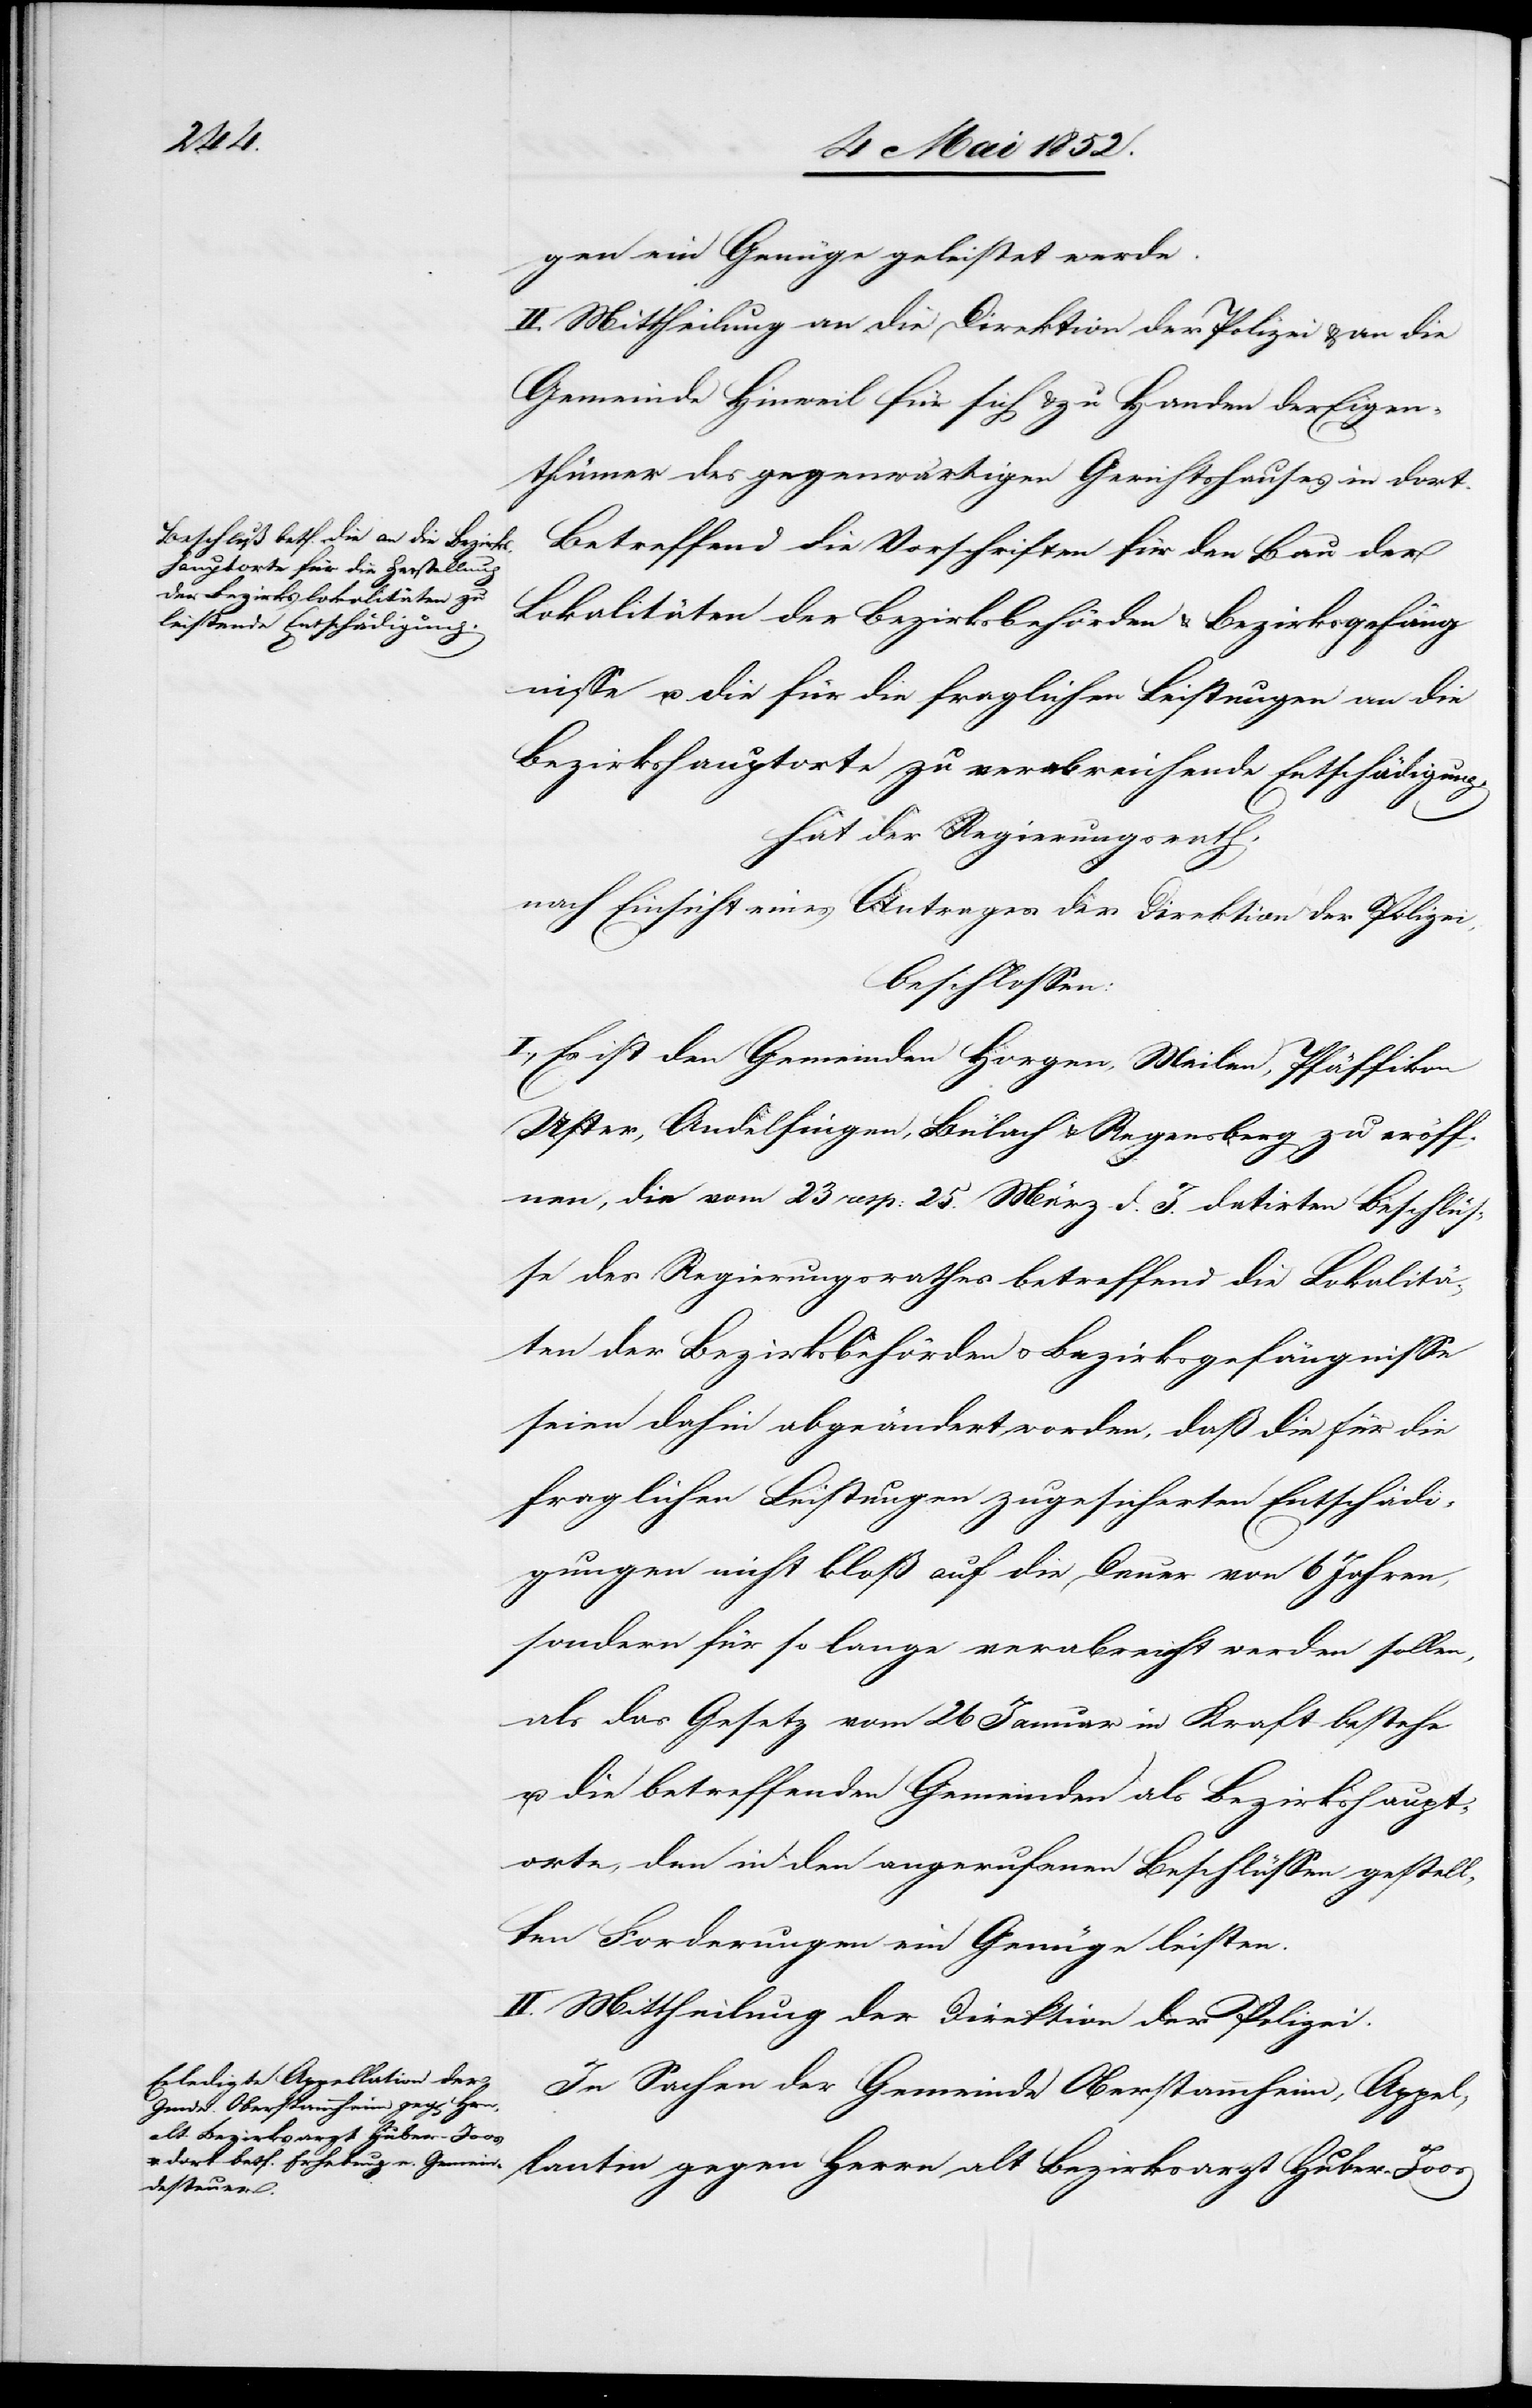
lantin
gen ein Genüge geleistet werde.
II. Mittheilung an die Direktion der Polizei & an die
Gemeinde Hinweil für sich & zu Handen der Eigen¬
thümer des gegenwärtigen Gerichtshauses in dort.
Betreffend die Vorschriften für den Bau der
Lokalitäten der Bezirksbehörden & Bezirksgefäng¬
nisse u. die für die fraglichen Leistungen an die
Bezirkshauptorte zu verabreichende Entschädigung,
hat der Regierungsrath,
nach Einsicht eines Antrages der Direktion der Polizei,
beschlossen:
I., Es ist den Gemeinden Horgen, Meilen, Pfäffikon[,]
Uster, Andelfingen, Bülach & Regensberg zu eröff¬
nen, die vom 23 resp: 25. März d. J. datirten Beschlüs¬
se des Regierungsrathes betreffend die Lokalitä¬
ten der Bezirksbehörden & Bezirksgefängnisse
seien dahin abgeändert worden, daß die für die
fraglichen Leistungen zugesicherten Entschädi¬
gungen nicht bloß auf die Dauer von 6 Jahren,
sondern für so lange verabreicht werden sollen,
als das Gesetz vom 26 Januar in Kraft bestehe
u. die betreffenden Gemeinden als Bezirkshaupt¬
orte, den in den angerufenen Beschlüssen gestell¬
ten Forderungen ein Genüge leisten.
II. Mittheilung der Direktion der Polizei.
In Sachen der Gemeinde Oberstammheim, Appel¬
alt Bezirksarzt Huber-Joos